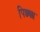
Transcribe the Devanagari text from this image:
पिछ्छा